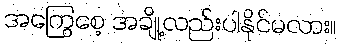
အကြွေစေ့ အချို့လည်းပါနိုင်မလား။